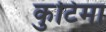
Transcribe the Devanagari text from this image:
कुटिमा